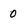
Character: 0